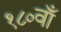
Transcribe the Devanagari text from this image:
१८०वाँ